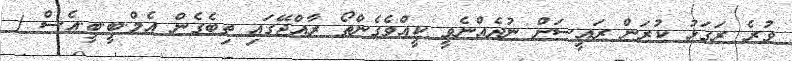
ވުރެ ރަގަޅު ކުރަން ރައީސަށް ނުދެއްނެވީ ކީއްވެގެންތޯ ރާއްޖޭގައި ތިބެގެން އެމް.ބީ.ބީ.އެސް (